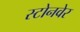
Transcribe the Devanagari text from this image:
स्टोनवेर